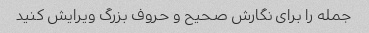
جمله را برای نگارش صحیح و حروف بزرگ ویرایش کنید